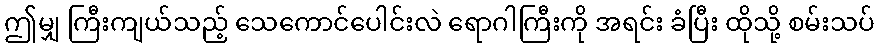
ဤမျှ ကြီးကျယ်သည့် သေကောင်ပေါင်းလဲ ရောဂါကြီးကို အရင်း ခံပြီး ထိုသို့ စမ်းသပ်